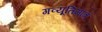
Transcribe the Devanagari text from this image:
गव्यूतिमात्रं